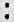
: